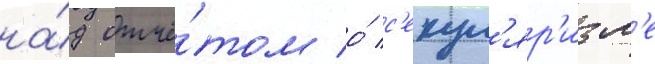
на́д отчё́том о́ с'екул'яр'изм'е